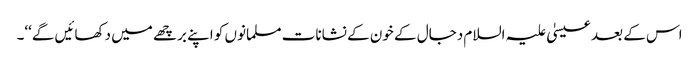
اس کے بعد عیسیٰ علیہ السلام دجال کے خون کے نشانات مسلمانوں کو اپنے برچھے میں دکھائیں گے‘‘۔